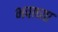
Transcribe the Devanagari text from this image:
भवाच्या